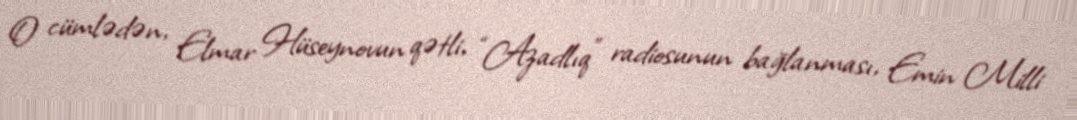
O cümlədən, Elmar Hüseynovun qətli, “Azadlıq” radiosunun bağlanması, Emin Milli